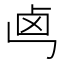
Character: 𠧤